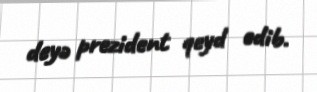
deyə prezident qeyd edib.